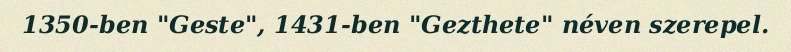
1350-ben "Geste", 1431-ben "Gezthete" néven szerepel.